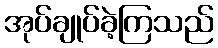
အုပ်ချုပ်ခဲ့ကြသည်